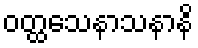
ဝတ္ထသေနာသနာနိ